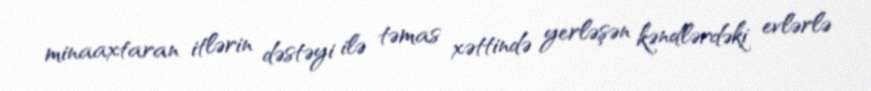
minaaxtaran itlərin dəstəyi ilə təmas xəttində yerləşən kəndlərdəki evlərlə